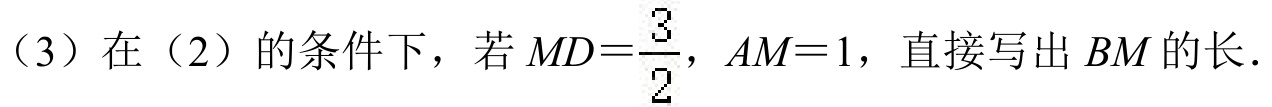
（3）在（2）的条件下，若\(MD = \dfrac{3}{2}\)，\(AM = 1\)，直接写出\(BM\)的长．